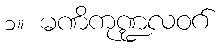
၁။ မဏိကုဏ္ဍလဝဂ်